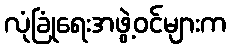
လုံခြုံရေးအဖွဲ့ဝင်များက